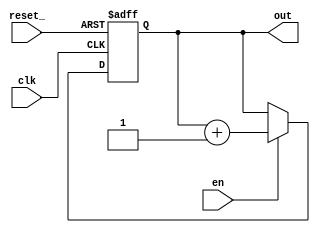
//////////////////////////////////////////////
//        Design hierarchy & logic          //
//////////////////////////////////////////////

module cnt(out   ,
           reset_,
           en    ,
           clk   );
output reg [1:0] out;
input  reset_;
input  en    ;
input  clk   ;

always @ (posedge clk or negedge reset_) begin
  if(~reset_) begin
    out <= 2'b00;
  end
  else begin if(en) begin
         out <= out + 1;
       end
  end
end   

endmodule
         
module select(out0,
              out1,
              out2,
              out3,
              in  ,
              reset_,
              clk);
output reg out0;
output reg out1;
output reg out2;
output reg out3;
input [1:0] in ;
input    reset_;
input clk      ;

always @ (posedge clk) begin
  if(~reset_) begin
    {out0, out1, out2, out3} <= 4'b0000;
end else begin
  case (in)
    2'b00 : begin 
             out0 = 1'b1;
{out1, out2, out3} = 3'b000;
            end
    2'b01 : begin 
             out1 = 1'b1;
{out0, out2, out3} = 3'b000;
            end
    2'b10 : begin 
             out2 = 1'b1;
{out0, out1, out3} = 3'b000;
            end
    2'b11 : begin 
             out3 = 1'b1;
{out0, out1, out2} = 3'b000;
            end

  endcase
end
end
endmodule
              
module top(even  ,
           odd   ,
           valid ,
           reset_,
           en    ,
           clk);

 output even;
 output odd ;
 output valid;
 input reset_;
 input en;
 input clk;
 
 wire out0;
 wire out1;
 wire out2;
 wire out3;
 wire weven = out0 ^ out2;
 wire wodd  = out1 ^ out3;
 wire even = weven;
 wire odd  = wodd ;
 wire wvalid = weven ^ wodd;
 wire valid = wvalid & en;
 wire [1:0] wcntcase;

 cnt cnt(.out(wcntcase), .reset_(reset_), .en(en), .clk(clk));
 select select(.out0(out0), .out1(out1), .out2(out2), .out3(out3), .in(wcntcase), .reset_(reset_), .clk(clk));

endmodule


//////////////////////////////////////////////
//                Testbench                 //
//////////////////////////////////////////////
module top_tb();
    reg clk;
    reg reset_;
    reg en;
    
    wire even, odd, valid;
    
    top top(.even(even), .odd(odd), .valid(valid), 
            .reset_(reset_), .en(en), .clk(clk));
            
    initial begin
       clk = 1'b0;
       reset_ = 1'b0;
       en = 1'b0;
       #4 reset_ = 1'b1; 
       #10 en = 1'b1;
       #16 en = 1'b0;
       #4  en = 1'b1;
   end
            
   always #2 clk = ~clk;
            
    
endmodule